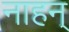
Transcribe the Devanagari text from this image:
नाहन्